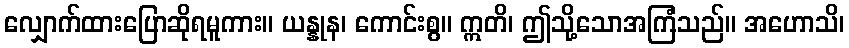
လျှောက်ထားပြောဆိုရမူကား။ ယန္နုန၊ ကောင်းစွ။ ဣတိ၊ ဤသို့သောအကြံသည်။ အဟောသိ၊